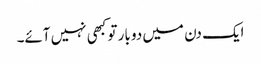
ایک دن میں دو بار تو کبھی نہیں آئے۔